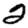
Digit: 2